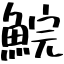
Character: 鯇